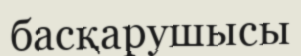
басқарушысы